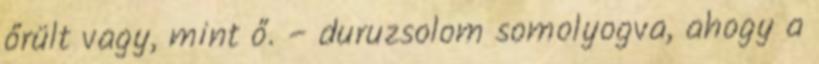
őrült vagy, mint ő. – duruzsolom somolyogva, ahogy a